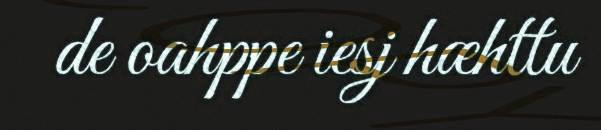
de oahppe iesj hæhttu